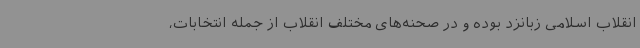
انقلاب اسلامی زبانزد بوده و در صحنه‌های مختلف انقلاب از جمله انتخابات،